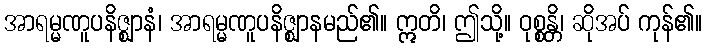
အာရမ္မဏူပနိဇ္ဈာနံ၊ အာရမ္မဏူပနိဇ္ဈာနမည်၏။ ဣတိ၊ ဤသို့။ ဝုစ္စန္တိ၊ ဆိုအပ် ကုန်၏။